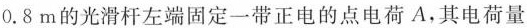
0 . 8 m$$的光滑杆左端固定一带正电的点电荷A，其电荷量